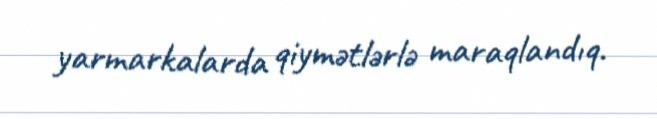
yarmarkalarda qiymətlərlə maraqlandıq.